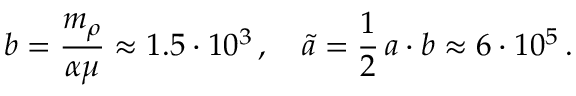
b = \frac { m _ { \rho } } { \alpha \mu } \approx 1 . 5 \cdot 1 0 ^ { 3 } \, , \quad \tilde { a } = \frac { 1 } { 2 } \, a \cdot b \approx 6 \cdot 1 0 ^ { 5 } \, .